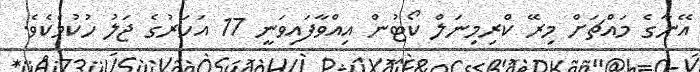
އޭނާގެ މައްޗަށް މިރޭ ކްރިމިނަލް ކޯޓުން އިއްވާފައިވަނީ 17 އަހަރުގެ ޖަލު ހުކުމެކެވެ.